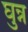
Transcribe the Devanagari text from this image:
घुन्न